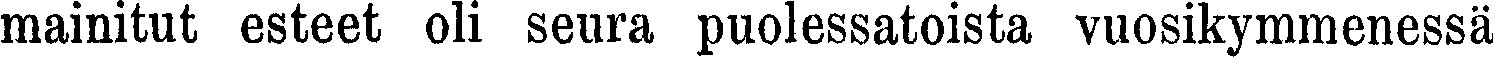
mainitut esteet oli seura puolessatoista vuosikymmenessä